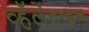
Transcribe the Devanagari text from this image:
व्हॅलेंटाइन